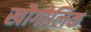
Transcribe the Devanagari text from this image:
खौगोलिक